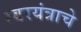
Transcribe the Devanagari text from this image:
स्वरयंत्राचे